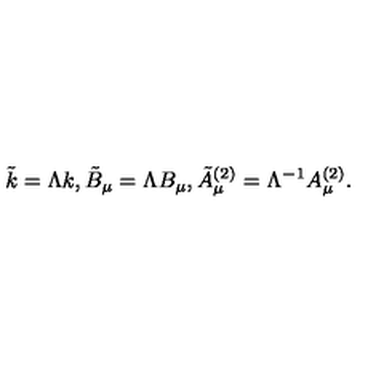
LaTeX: \tilde { k } = \Lambda k , \tilde { B } _ { \mu } = \Lambda B _ { \mu } , \tilde { A } _ { \mu } ^ { ( 2 ) } = \Lambda ^ { - 1 } A _ { \mu } ^ { ( 2 ) } .